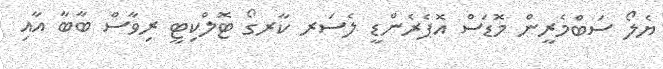
ޔެލޯ ސަބްމެރީން މޮޑަސް އޮޕެރެންޑީ ލެސަރ ކާރގޯ ޓޮލްކިޓީ ރިވާސް ބާބާ އާއި